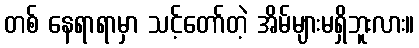
တစ် နေရာရာမှာ သင့်တော်တဲ့ အိမ်များမရှိဘူးလား။